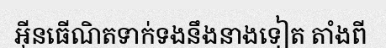
អ៊ីនធើណិតទាក់ទងនឹងនាងទៀត តាំងពី